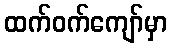
ထက်ဝက်ကျော်မှာ